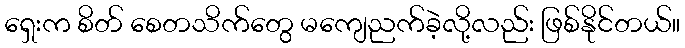
ရှေးက စိတ် စေတသိက်တွေ မကျေညက်ခဲ့လို့လည်း ဖြစ်နိုင်တယ်။